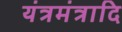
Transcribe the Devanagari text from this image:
यंत्रमंत्रादि